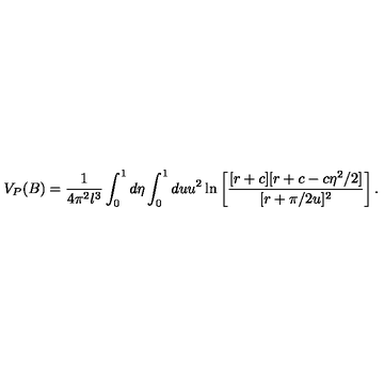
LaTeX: V _ { P } ( B ) = \frac { 1 } { 4 \pi ^ { 2 } l ^ { 3 } } \int _ { 0 } ^ { 1 } d \eta \int _ { 0 } ^ { 1 } d u u ^ { 2 } \ln \left[ \frac { [ r + c ] [ r + c - c \eta ^ { 2 } / 2 ] } { [ r + \pi / 2 u ] ^ { 2 } } \right] .